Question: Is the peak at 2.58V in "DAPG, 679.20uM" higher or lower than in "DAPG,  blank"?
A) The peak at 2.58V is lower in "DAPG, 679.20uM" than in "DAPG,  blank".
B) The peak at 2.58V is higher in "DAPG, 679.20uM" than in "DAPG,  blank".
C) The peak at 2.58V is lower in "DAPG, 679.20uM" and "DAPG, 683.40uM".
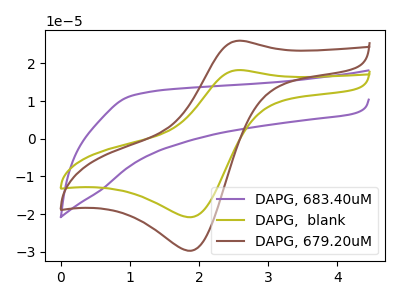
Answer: <think>The purple curve "DAPG, 683.40uM" has no peaks. The olive curve "DAPG,  blank" has an anodic peak at (2.60V, 18.20uA) and a cathodic peak at (1.90V, -20.80uA). The brown curve "DAPG, 679.20uM" has an anodic peak at (2.60V, 26.00uA) and a cathodic peak at (1.90V, -29.70uA).</think>
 <answer>B) The peak at 2.58V is higher in "DAPG, 679.20uM" than in "DAPG,  blank".</answer>
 <eval>B</eval>